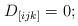
LaTeX: \begin{align*}D_{[ijk]}=0;\end{align*}